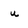
Character: u